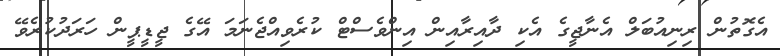
އެގޮތުން ރިނިއުބަލް އެނާޖީގެ އެކި ދާއިރާއިން އިންވެސްޓް ކުރެވިއްޖެނަމަ އޭގެ ޖީޑީޕީން ހަރަދުކުރެވޭ